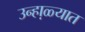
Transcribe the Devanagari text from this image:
उन्हा़ळ्यात